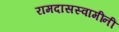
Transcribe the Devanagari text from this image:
रामदासस्वामींनीं